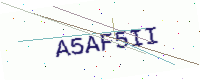
Text: A5AF5II